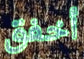
أخفق